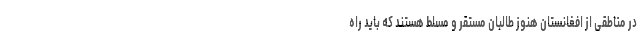
در مناطقی از افغانستان هنوز طالبان مستقر و مسلط هستند که باید راه